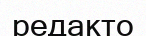
редакто